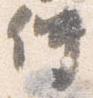
仲